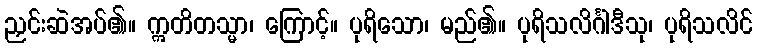
ညှင်းဆဲအပ်၏။ ဣတိတသ္မာ၊ ကြောင့်။ ပုရိသော၊ မည်၏။ ပုရိသလိင်္ဂါဒီသု၊ ပုရိသလိင်